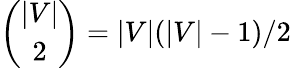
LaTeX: {\binom{|V|}{2}}=|V|(|V|-1)/2